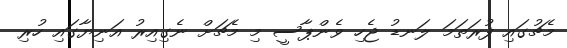
މެޗުގައި ފުރަތަމަ ލަނޑު ޖެހި ވެންޕާސީ މި މެޗަށް ނެގިއިރު އަނިޔާގައި ހުރި